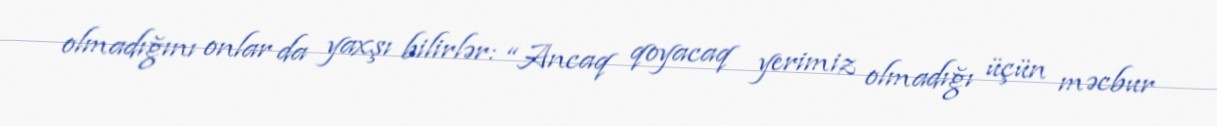
olmadığını onlar da yaxşı bilirlər: “Ancaq qoyacaq yerimiz olmadığı üçün məcbur